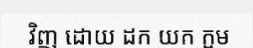
វិញ ដោយ ដក យក ក្អម